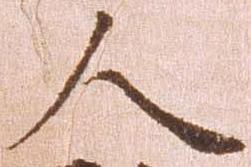
人